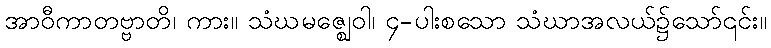
အာဝီကာတဗ္ဗာတိ၊ ကား။ သံဃမဇ္ဈေဝါ၊ ၄-ပါးစသော သံဃာအလယ်၌သော်၎င်း။